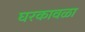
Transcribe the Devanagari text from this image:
घरकावळा